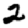
Digit: 2